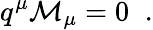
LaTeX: q^{\mu}{\cal M}_{\mu}=0\; \; .